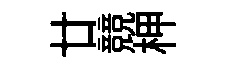
廿競柙